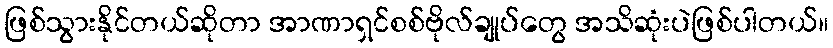
ဖြစ်သွားနိုင်တယ်ဆိုတာ အာဏာရှင်စစ်ဗိုလ်ချုပ်တွေ အသိဆုံးပဲဖြစ်ပါတယ်။